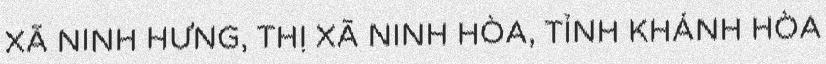
XÃ NINH HƯNG, THỊ XÃ NINH HÒA, TỈNH KHÁNH HÒA